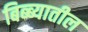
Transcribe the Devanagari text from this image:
बिब्ब्यातील